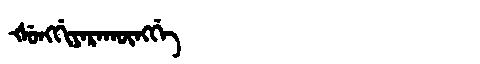
Manchu: ᡧᡠᠩᡤᡳᠶᠠᡵᠠᡴᡡᠩᡤᡝ
Romanization: ŠUNGGIYARAKŪNGGE